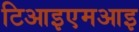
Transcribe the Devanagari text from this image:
टिआइएमआइ